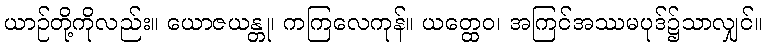
ယာဉ်တို့ကိုလည်း။ ယောဇယန္တု၊ ကကြလေကုန်။ ယတ္ထေဝ၊ အကြင်အဿမပုဒ်၌သာလျှင်။